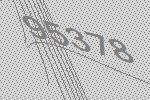
95378